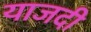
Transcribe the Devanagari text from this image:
याजदी